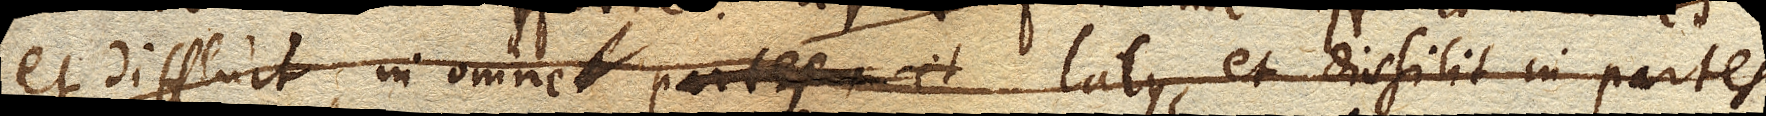
et diffluit in omnes partes, et omne latus, et dissilit in partes